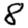
Digit: 8